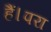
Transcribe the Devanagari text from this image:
हैं।परा